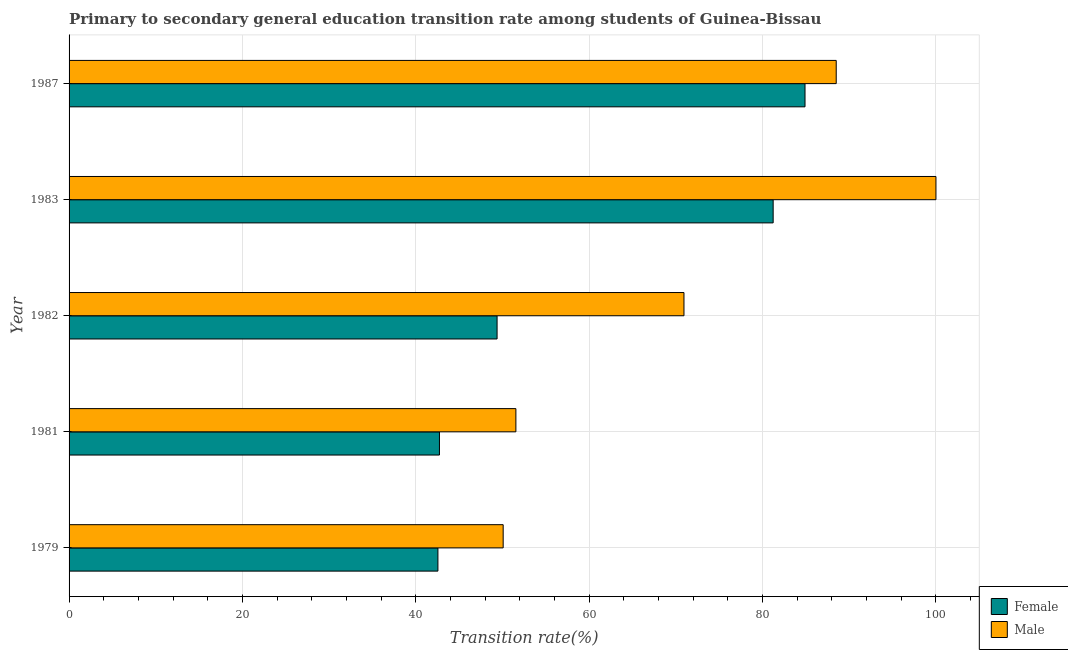
| Year | Female | Male |
 | --- | --- | --- |
 | 1979 | 42.5 | 50.1 |
 | 1981 | 42.7 | 51.5 |
 | 1982 | 49.4 | 70.9 |
 | 1983 | 81.2 | 100 |
 | 1987 | 84.9 | 88.5 |